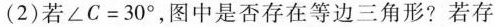
(2) 若 $$∠ C = 3 0 °$$，图中是否存在等边三角形? 若存